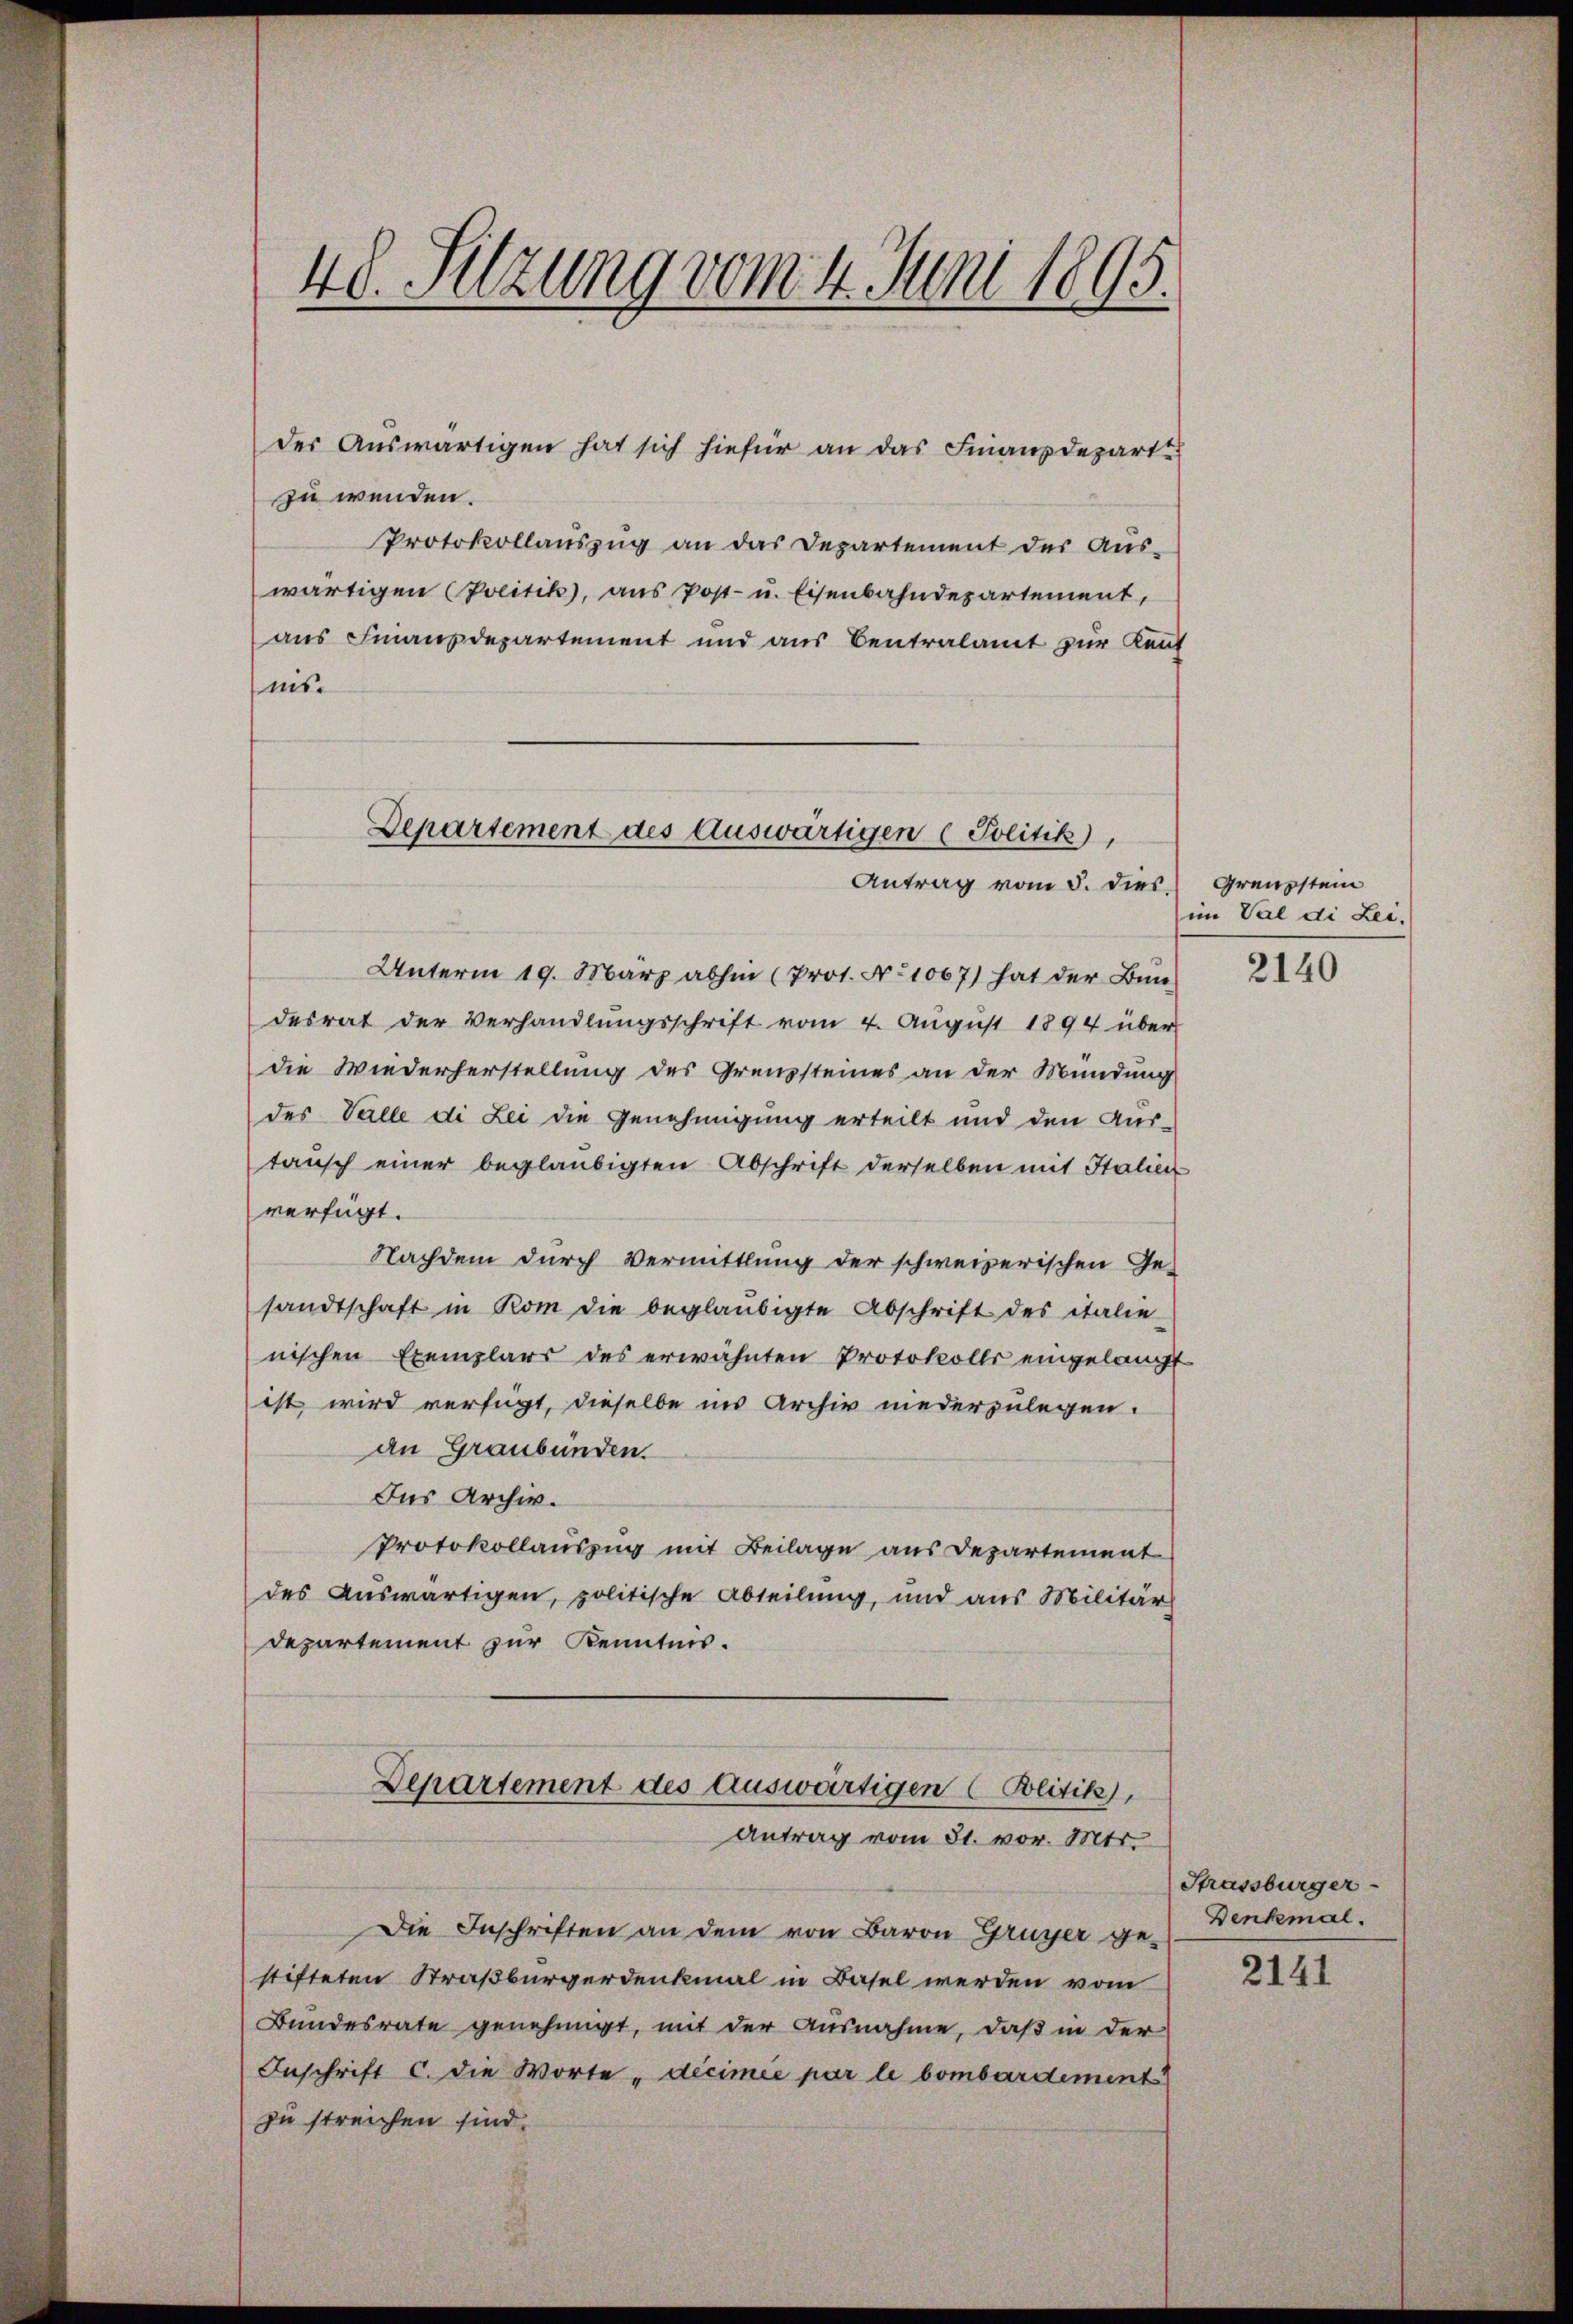
48. Sitzung vom 4. Juni 1895.

der Auswärtigen hat sich hiefür an das Finanzdepart
zu wenden.
Protokollauszug an das Departement der Aus-
wärtigen (Politik, aus Post- u. Eisenbahndepartement,
aus Finanzdepartement und aus Centralamt zur Kauf
ms

Departement des Auswärtigen (Politik),
Antrag vom 5. dies

Unterm 19. März abhin (Prot. Nr. 1007) hat der Bun
desrat der Verhandlungsschrift vom 4. Aŭgŭst 1894 über
die Wiederherstellung des Grenzsteines an der Mündung
des Valle di Lei die Genehmigung erteilt und den Aus-
tausch einer beglaubigten Abschrift derselben mit Italien
verfügt.
Nachdem durch Vermittlung der schweizerischen Ge-
sandtschaft in Rom die beglaubigte Abschrift des italie
nischen Exemplars des erwähnten Protokolls eingelangt
ist wird verfügt, dieselbe ins Archiv niederzulegen.
an Graubünden.
Ins Archiv.
Protokollauszug mit Beilage aus Departement
des Auswärtigen, politische Abteilung, und aus Militär
Departement zur Kenntnis.

Departement des Auswärtigen (Politik),
Antrag vom 31. vor. Mts.

Die Inschriften an dem von Baron Gruyer gestifteten Straßbürgerdenkmal in Basel werden vom
Bundesrate genehmigt, mit der Ausnahme, daß in der
Inschrift c. die Worte „decimée par le bombardiment
zu streichen sind.

Grenzstein
im Val di Lei.

2140

Strassburger
Denkmal.

2141